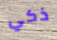
ذكي